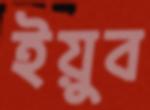
ইয়ুব